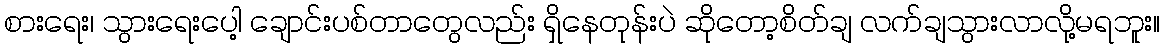
စားရေး၊ သွားရေးပေါ့ ချောင်းပစ်တာတွေလည်း ရှိနေတုန်းပဲ ဆိုတော့စိတ်ချ လက်ချသွားလာလို့မရဘူး။